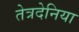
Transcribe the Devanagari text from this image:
तेत्रदेनिया